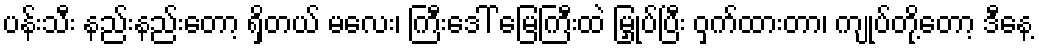
ပန်းသီး နည်းနည်းတော့ ရှိတယ် မလေး၊ ကြီးဒေါ် မြေကြီးထဲ မြှုပ်ပြီး ဝှက်ထားတာ၊ ကျုပ်တို့တော့ ဒီနေ့